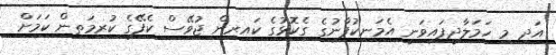
އަދި މި ހަމަލާދީފައިވަނީ އެމަނިކުފާނުގެ ގެކޮޅުގެ ކައިރިން ޖުވޭސް ކެފޭގެ ކުރިމަތިން ކަމަށް